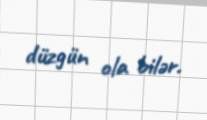
düzgün ola bilər.